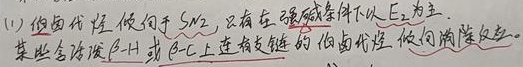
(11) 伯卤代烃倾向于 \(S_{N}2\)，只有在强碱条件下以 \(E_{2}\) 为主。某些在 \(\beta - H\) 或 \(\beta - C\) 上连有支链的伯卤代烃倾向消除反应。